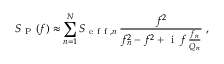
S _ { \mathrm { ~ P ~ } } ( f ) \approx \sum _ { n = 1 } ^ { N } S _ { \mathrm { ~ e ~ f ~ f ~ } , n } \, \frac { f ^ { 2 } } { f _ { n } ^ { 2 } - f ^ { 2 } + \mathrm { ~ i ~ } \, f \, \frac { f _ { n } } { Q _ { n } } } \; ,